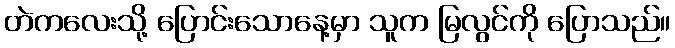
တဲကလေးသို့ ပြောင်းသောနေ့မှာ သူက မြလွင်ကို ပြောသည်။